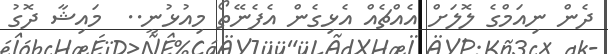
ދެން ނިއަމްގެ ލޮލަށް އެއްޗެއް އެޅިގެން އެފެނޭތޯ މިއުޅުނީ..  މައިޝާ ދޮގު